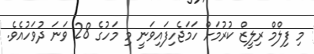
މި ފިލްމް ރިލީޒް ކުރުމަށް ހަމަޖެހިފައިވަނީ މި މަހުގެ 28 ވަނަ ދުވަހުއެވެ.